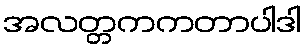
အလတ္တကကတာပါဒါ